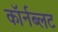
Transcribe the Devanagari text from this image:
कॉर्नब्लट